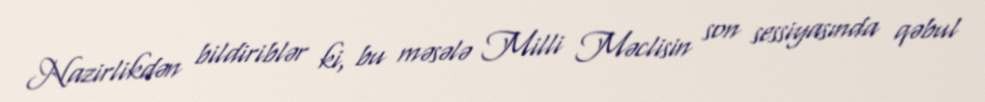
Nazirlikdən bildiriblər ki, bu məsələ Milli Məclisin son sessiyasında qəbul